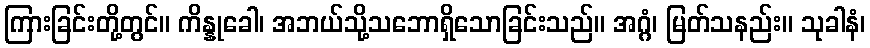
ကြားခြင်းတို့တွင်။ ကိန္နုခေါ၊ အဘယ်သို့သဘောရှိသောခြင်းသည်။ အဂ္ဂံ၊ မြတ်သနည်း။ သုခါနံ၊